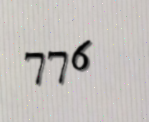
776